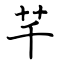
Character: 芊